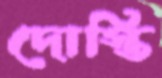
দোস্তি